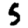
Digit: 5